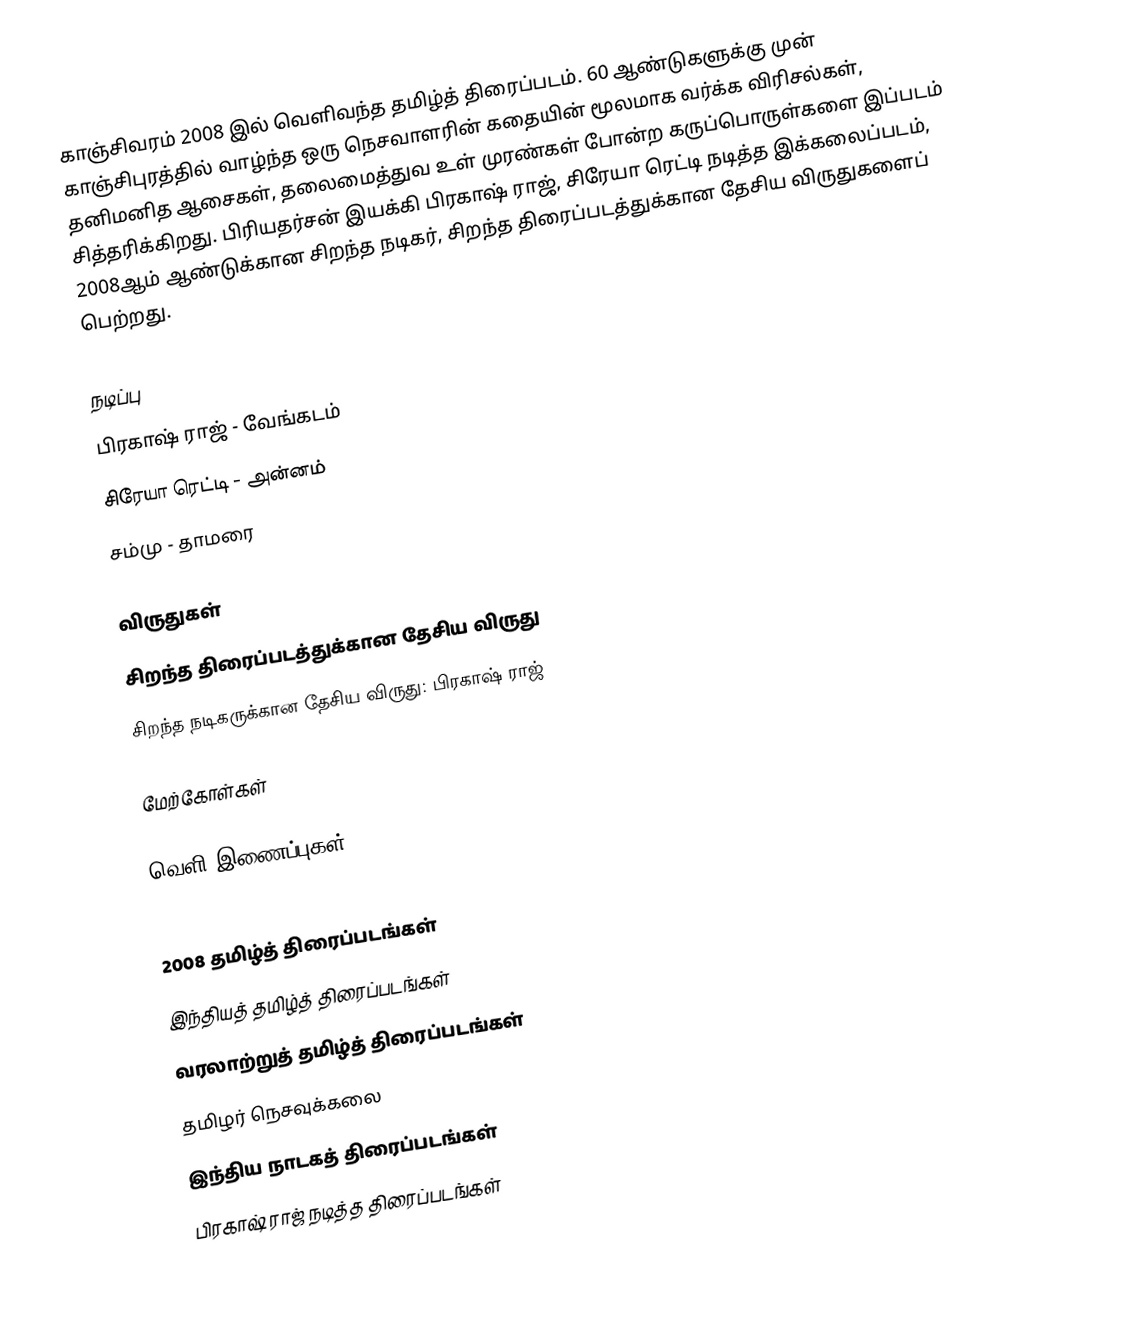
காஞ்சிவரம் 2008 இல் வெளிவந்த தமிழ்த் திரைப்படம். 60 ஆண்டுகளுக்கு முன் காஞ்சிபுரத்தில் வாழ்ந்த ஒரு நெசவாளரின் கதையின் மூலமாக வர்க்க விரிசல்கள், தனிமனித ஆசைகள், தலைமைத்துவ உள் முரண்கள் போன்ற கருப்பொருள்களை இப்படம் சித்தரிக்கிறது. பிரியதர்சன் இயக்கி பிரகாஷ் ராஜ், சிரேயா ரெட்டி நடித்த இக்கலைப்படம், 2008ஆம் ஆண்டுக்கான சிறந்த நடிகர், சிறந்த திரைப்படத்துக்கான தேசிய விருதுகளைப் பெற்றது.

நடிப்பு
 பிரகாஷ் ராஜ் - வேங்கடம்
 சிரேயா ரெட்டி - அன்னம்
 சம்மு - தாமரை

விருதுகள்
 சிறந்த திரைப்படத்துக்கான தேசிய விருது
 சிறந்த நடிகருக்கான தேசிய விருது: பிரகாஷ் ராஜ்

மேற்கோள்கள்

வெளி இணைப்புகள்

2008 தமிழ்த் திரைப்படங்கள்
இந்தியத் தமிழ்த் திரைப்படங்கள்
வரலாற்றுத் தமிழ்த் திரைப்படங்கள்
தமிழர் நெசவுக்கலை
இந்திய நாடகத் திரைப்படங்கள்
பிரகாஷ் ராஜ் நடித்த திரைப்படங்கள்